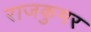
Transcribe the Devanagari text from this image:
राजकुमर